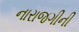
નારાજગીની